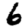
Digit: 6